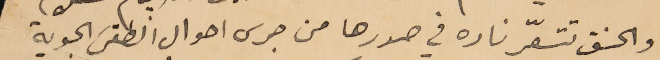
والحنق تتسعّر ناره في صدرها من جرى احوال الطقس الجوية